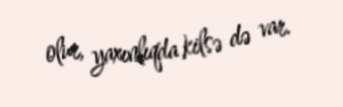
olur, yaxınlıqda kilsə də var.